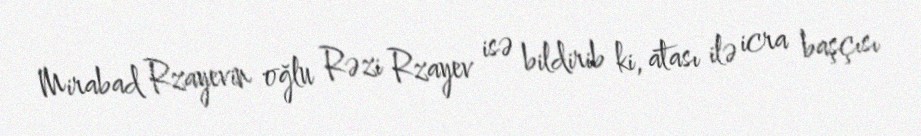
Mirabad Rzayevin oğlu Rəzi Rzayev isə bildirib ki, atası ilə icra başçısı